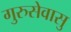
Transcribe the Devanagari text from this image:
गुरुसेवासु